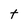
Character: t